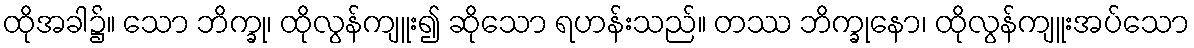
ထိုအခါ၌။ သော ဘိက္ခု၊ ထိုလွန်ကျူး၍ ဆိုသော ရဟန်းသည်။ တဿ ဘိက္ခုနော၊ ထိုလွန်ကျူးအပ်သော